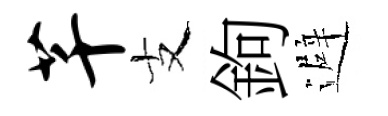
芊支鉤避